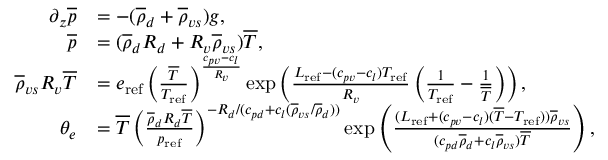
\begin{array} { r l } { \partial _ { z } \overline { { p } } } & { = - ( \overline { { \rho } } _ { d } + \overline { { \rho } } _ { v s } ) g , } \\ { \overline { { p } } } & { = ( \overline { { \rho } } _ { d } R _ { d } + R _ { v } \overline { { \rho } } _ { v s } ) \overline { { T } } , } \\ { \overline { { \rho } } _ { v s } R _ { v } \overline { { T } } } & { = e _ { \mathrm { r e f } } \left( \frac { \overline { { T } } } { T _ { \mathrm { r e f } } } \right) ^ { \frac { c _ { p v } - c _ { l } } { R _ { v } } } \exp \left( \frac { L _ { \mathrm { r e f } } - ( c _ { p v } - c _ { l } ) T _ { \mathrm { r e f } } } { R _ { v } } \left( \frac { 1 } { T _ { \mathrm { r e f } } } - \frac { 1 } { \overline { { T } } } \right) \right) , } \\ { \theta _ { e } } & { = \overline { { T } } \left( \frac { \overline { { \rho } } _ { d } R _ { d } \overline { { T } } } { p _ { \mathrm { r e f } } } \right) ^ { - R _ { d } / ( c _ { p d } + c _ { l } ( \overline { { \rho } } _ { v s } / \overline { { \rho } } _ { d } ) ) } \exp \left( \frac { ( L _ { \mathrm { r e f } } + ( c _ { p v } - c _ { l } ) ( \overline { { T } } - T _ { \mathrm { r e f } } ) ) \overline { { \rho } } _ { v s } } { ( c _ { p d } \overline { { \rho } } _ { d } + c _ { l } \overline { { \rho } } _ { v s } ) \overline { { T } } } \right) , } \end{array}